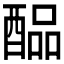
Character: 𲆳